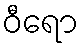
ဝီရော